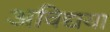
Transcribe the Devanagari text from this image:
अविद्यया